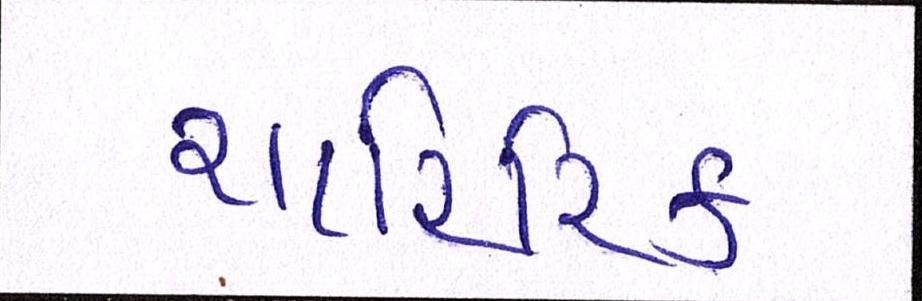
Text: શારિરિક